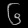
Digit: ၆